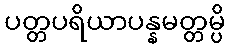
ပတ္တပရိယာပန္နမတ္တမ္ပိ